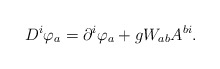
\begin{align*}D^{i}\varphi _{a}=\partial ^{i}\varphi _{a}+gW_{ab}A^{bi}. \end{align*}